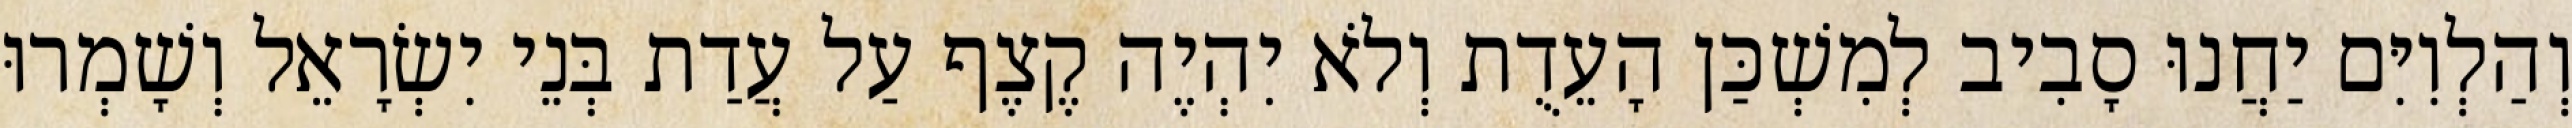
וְהַלְוִיִּם יַחֲנוּ סָבִיב לְמִשְׁכַּן הָעֵדֻת וְלֹא יִהְיֶה קֶצֶף עַל עֲדַת בְּנֵי יִשְׂרָאֵל וְשָׁמְרוּ